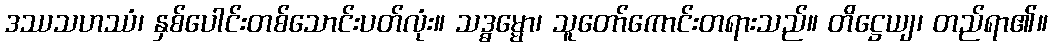
ဒဿသဟဿံ၊ နှစ်ပေါင်းတစ်သောင်းပတ်လုံး။ သဒ္ဓမ္မော၊ သူတော်ကောင်းတရားသည်။ တိဋ္ဌေယျ၊ တည်ရာ၏။